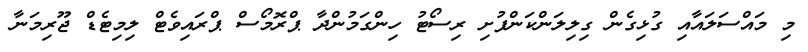
މި މައްސަލައާއި ގުޅިގެން ގިލިލަންކަންފުށި ރިސޯޓު ހިންގަމުންދާ ޕްރޮމޯސް ޕްރައިވެޓް ލިމިޓެޑް ޖޫރިމަނާ